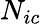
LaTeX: N_{ic}